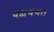
પદાવનત